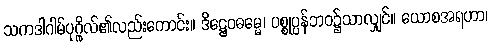
သကဒါဂါမ်ပုဂ္ဂိုလ်၏လည်းကောင်း။ ဒိဋ္ဌေဝဓမ္မေ၊ ပစ္စုပ္ပန်ဘဝ၌သာလျှင်။ ယောစအရဟာ၊